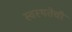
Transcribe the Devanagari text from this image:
स्वस्थतेची